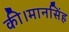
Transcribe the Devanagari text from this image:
की।मानसिंह